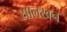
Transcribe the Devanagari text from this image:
सालखन